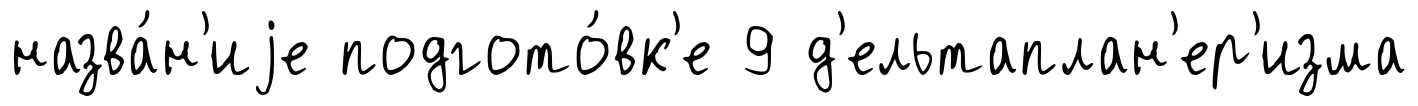
назва́н'иjе подгото́вк'е 9 д'ельтаплан'ер'изма